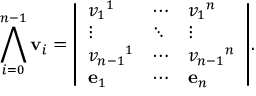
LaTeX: \bigwedge _ { i = 0 } ^ { n - 1 } \mathbf { v } _ { i } = { \left| \begin{array} { l l l } { v _ { 1 } { } ^ { 1 } } & { \cdots } & { v _ { 1 } { } ^ { n } } \\ { \vdots } & { \ddots } & { \vdots } \\ { v _ { n - 1 } { } ^ { 1 } } & { \cdots } & { v _ { n - 1 } { } ^ { n } } \\ { \mathbf { e } _ { 1 } } & { \cdots } & { \mathbf { e } _ { n } } \end{array} \right| } .